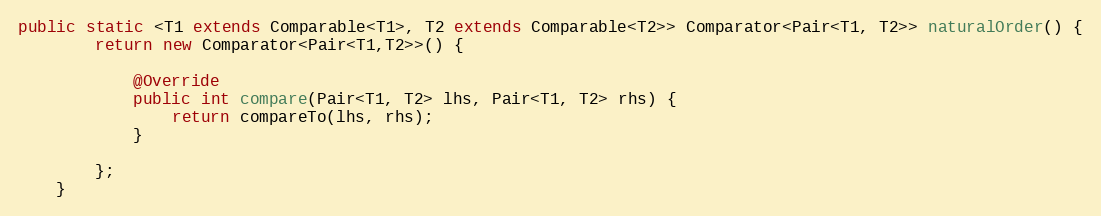
Language: Java
public static <T1 extends Comparable<T1>, T2 extends Comparable<T2>> Comparator<Pair<T1, T2>> naturalOrder() {
        return new Comparator<Pair<T1,T2>>() {

            @Override
            public int compare(Pair<T1, T2> lhs, Pair<T1, T2> rhs) {
                return compareTo(lhs, rhs);
            }

        };
	}